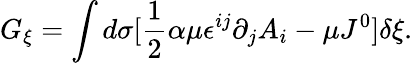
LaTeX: G_{\xi}=\int d\sigma[\frac{1}{2}\alpha\mu\epsilon^{ij}\partial_{j}A_{i}-\mu J^{0}]\delta\xi.